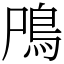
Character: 鳲